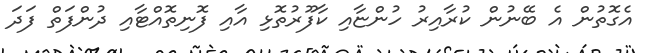
އެގޮތުން އެ ބޭނުން ކުރާއިރު ހުންޏާއި ކާފޫރުތޮޅި އާއި ފޮނިތޮއްޓާއި ދުންފަތް ފަދަ